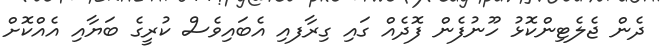
ދެން ޖެލެޓިންކޮޅު ހޫނުފެން ފޮދެއް ގައި ގިރާފއި އެބައިވެސް ކުރީގެ ބަޔާއި އެއްކޮށް